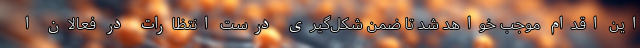
این اقدام موجب خواهد شد تا ضمن شکل‌گیری درست انتظارات در فعالان ا